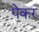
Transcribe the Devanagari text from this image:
पेकर